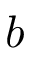
b